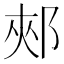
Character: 郟